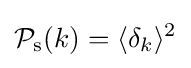
{\mathcal {P}}_{\mathrm {s} }(k)=\langle \delta _{k}\rangle ^{2}